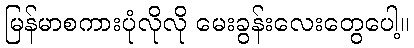
မြန်မာစကားပုံလိုလို မေးခွန်းလေးတွေပေါ့။